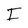
Character: I